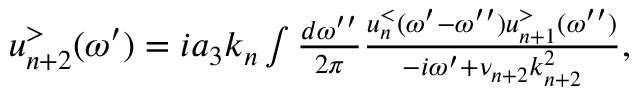
\begin{array} { r } { u _ { n + 2 } ^ { > } ( \omega ^ { \prime } ) = i a _ { 3 } k _ { n } \int \frac { d \omega ^ { \prime \prime } } { 2 \pi } \frac { u _ { n } ^ { < } ( \omega ^ { \prime } - \omega ^ { \prime \prime } ) u _ { n + 1 } ^ { > } ( \omega ^ { \prime \prime } ) } { - i \omega ^ { \prime } + \nu _ { n + 2 } k _ { n + 2 } ^ { 2 } } , } \end{array}